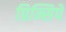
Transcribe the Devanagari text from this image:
प्रिन्सिपे